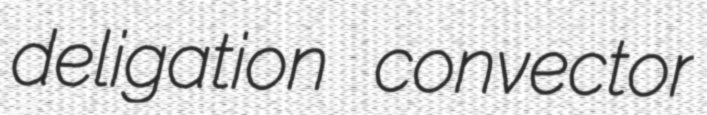
deligation convector